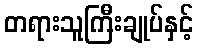
တရားသူကြီးချုပ်နှင့်